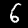
Label: 6